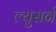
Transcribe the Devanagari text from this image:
ल्युसर्न